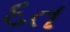
દત